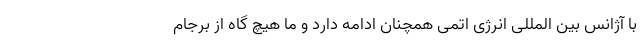
با آژانس بین المللی انرژی اتمی همچنان ادامه دارد و ما هیچ گاه از برجام